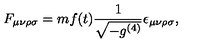
F _ { \mu \nu \rho \sigma } = m f ( t ) \frac { 1 } { \sqrt { - g ^ { ( 4 ) } } } \epsilon _ { \mu \nu \rho \sigma } ,